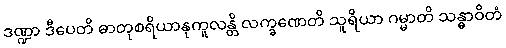
ဒဏ္ဍာ ဒီပေတိ ဓာတုစရိယာနုကူလန္တိ လက္ခဏေတိ သူရိယာ ဂမ္မာတိ သန္ဓာဝိတံ